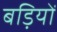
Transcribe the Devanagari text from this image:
बड़ियों